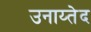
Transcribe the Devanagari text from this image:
उनाय्तेद